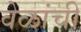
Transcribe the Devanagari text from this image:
वेळांची